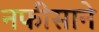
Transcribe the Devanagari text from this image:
नफीसाने